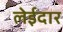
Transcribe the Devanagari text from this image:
लेईदार